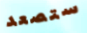
ستصعد